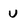
Character: u